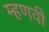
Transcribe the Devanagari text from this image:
म्हणवी